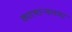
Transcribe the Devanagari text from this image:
कारभार्‍याच्या